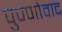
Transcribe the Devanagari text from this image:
पुण्णोवाद